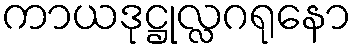
ကာယဒုဋ္ဌုလ္လဂရုနော